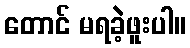
တောင် မရခဲ့ဖူးပါ။